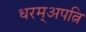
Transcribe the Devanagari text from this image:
धरम्अपत्नि